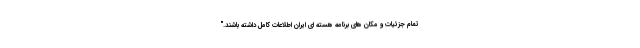
تمام جزئیات و مکان های برنامه هسته ای ایران اطلاعات کامل داشته باشند."